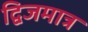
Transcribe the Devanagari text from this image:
द्विजमात्र